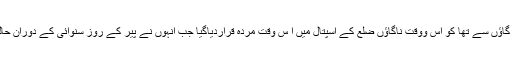
ساٹھ سالہ رضیہ بیگم جس کا تعلق کام روپ(رول) ضلع کے داکاچانگ گاؤں سے تھا کو اس ووقت ناگاؤں ضلع کے اسپتال میں ا س وقت مردہ قراردیاگیا جب انہوں نے پیر کے روز سنوائی کے دوران حالت خراب ہونے کی شکایت کی جس کے بعد انہیں اسپتال لے جایاگیاتھا۔